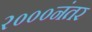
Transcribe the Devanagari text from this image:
२०००नंतर